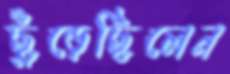
ছুঁড়েছিলেন